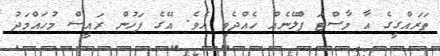
ތަރައްގީގެ އާ މާސްޓަ ޕްލޭނެއް ހެއްދެވި އެވެ. އޭގެ ފަހުން ރައީސް މުހައްމަދު